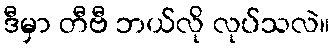
ဒီမှာ တီဗီ ဘယ်လို လုပ်သလဲ။